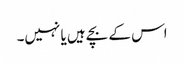
اس کے بچے ہیں یا نہیں۔